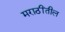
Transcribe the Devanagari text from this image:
मराठींतील